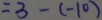
= 3 - ( - 1 0 )